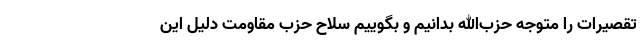
تقصیرات را متوجه حزب‌الله بدانیم و بگوییم سلاح حزب مقاومت دلیل این